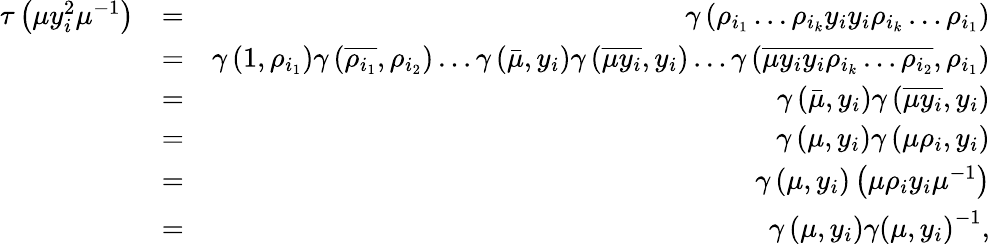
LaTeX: \begin{array}{rlr}{\tau\left(\mu y_{i}^{2}\mu^{-1}\right)}&{=}&{\gamma\left(\rho_{i_{1}}\ldots\rho_{i_{k}}y_{i}y_{i}\rho_{i_{k}}\ldots\rho_{i_{1}}\right)}\\ &{=}&{\gamma\left(1,\rho_{i_{1}}\right)\gamma\left(\overline{{\rho_{i_{1}}}},\rho_{i_{2}}\right)\ldots\gamma\left(\bar{\mu},y_{i}\right)\gamma\left(\overline{{\mu y_{i}}},y_{i}\right)\ldots\gamma\left(\overline{{\mu y_{i}y_{i}\rho_{i_{k}}\ldots\rho_{i_{2}}}},\rho_{i_{1}}\right)}\\ &{=}&{\gamma\left(\bar{\mu},y_{i}\right)\gamma\left(\overline{{\mu y_{i}}},y_{i}\right)}\\ &{=}&{\gamma\left(\mu,y_{i}\right)\gamma\left(\mu\rho_{i},y_{i}\right)}\\ &{=}&{\gamma\left(\mu,y_{i}\right)\left(\mu\rho_{i}y_{i}\mu^{-1}\right)}\\ &{=}&{\gamma\left(\mu,y_{i}\right)\gamma\left(\mu,y_{i}\right)^{-1},}\end{array}